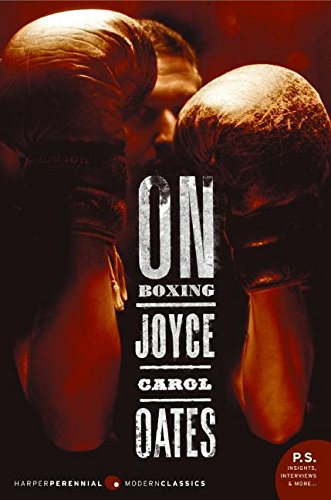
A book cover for On Boxing; Joyce Carol Oates; Sports & Outdoors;